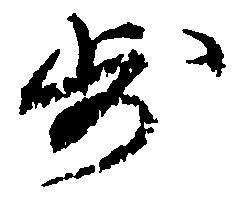
歩